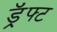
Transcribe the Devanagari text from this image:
ड्रॅफ्ट